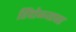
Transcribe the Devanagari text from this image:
हिंदोळ्यावर